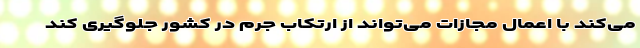
می‌کند با اعمال مجازات می‌تواند از ارتکاب جرم در کشور جلوگیری کند